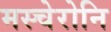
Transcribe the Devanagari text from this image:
मस्चेरोनि